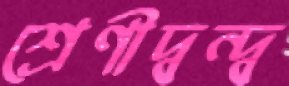
শ্রেণীদ্বন্দ্ব